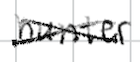
Text: hunter
Cross-out: cross
Writing tool: digital_black